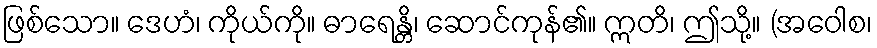
ဖြစ်သော။ ဒေဟံ၊ ကိုယ်ကို။ ဓာရေန္တိ၊ ဆောင်ကုန်၏။ ဣတိ၊ ဤသို့။ (အဝေါစ၊